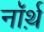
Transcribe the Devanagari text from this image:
नॉर्थ़